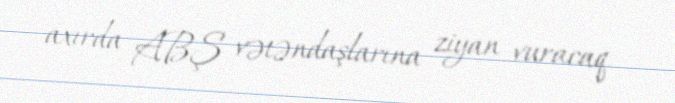
axırda ABŞ vətəndaşlarına ziyan vuracaq.